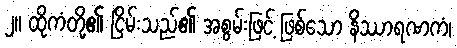
၂။ ထိုကံတို့၏ ငြိမ်းသည်၏ အစွမ်းဖြင့် ဖြစ်သော နိဿာရဏကံ၊